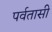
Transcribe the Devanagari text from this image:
पर्वतासी